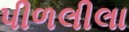
પીળલીલા